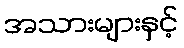
အသားများနှင့်